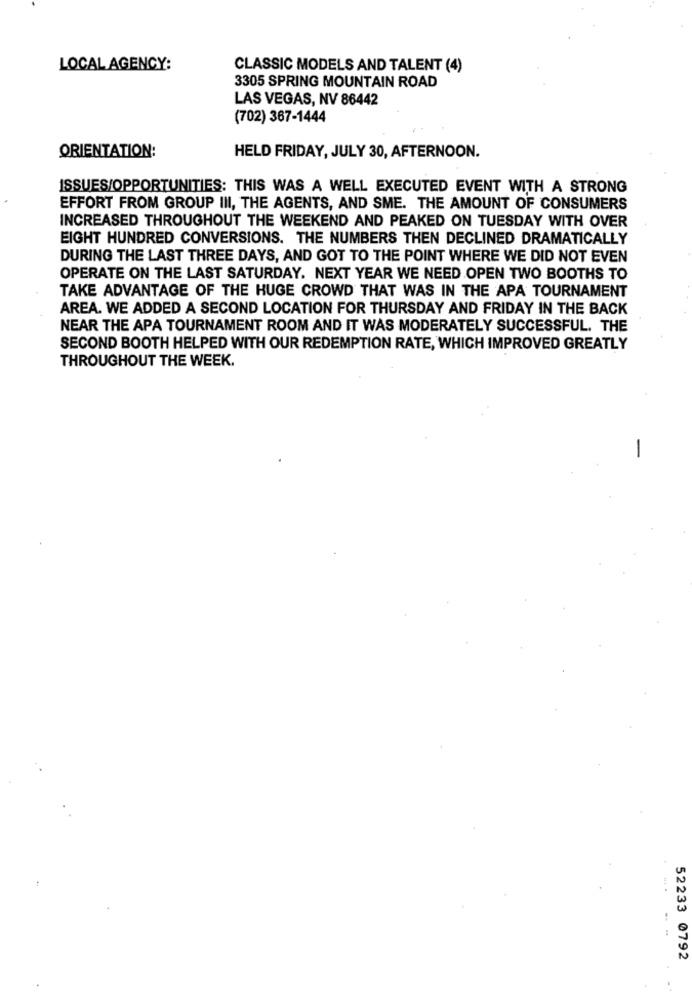
LOCAL AGENCY:
CLASSIC MODELS AND TALENT (4)
3305 SPRING MOUNTAIN ROAD
LAS VEGAS, NV 86442
(702) 367-1444
ORIENTATION:
HELD FRIDAY, JULY 30, AFTERNOON.
ISSUES/OPPORTUNITIES: THIS WAS A WELL EXECUTED EVENT WITH A STRONG
EFFORT FROM GROUP III, THE AGENTS, AND SME. THE AMOUNT OF CONSUMERS
INCREASED THROUGHOUT THE WEEKEND AND PEAKED ON TUESDAY WITH OVER
EIGHT HUNDRED CONVERSIONS. THE NUMBERS THEN DECLINED DRAMATICALLY
DURING THE LAST THREE DAYS, AND GOT TO THE POINT WHERE WE DID NOT EVEN
OPERATE ON THE LAST SATURDAY. NEXT YEAR WE NEED OPEN TWO BOOTHS TO
TAKE ADVANTAGE OF THE HUGE CROWD THAT WAS IN THE APA TOURNAMENT
AREA. WE ADDED A SECOND LOCATION FOR THURSDAY AND FRIDAY IN THE BACK
NEAR THE APA TOURNAMENT ROOM AND IT WAS MODERATELY SUCCESSFUL. THE
SECOND BOOTH HELPED WITH OUR REDEMPTION RATE, WHICH IMPROVED GREATLY
THROUGHOUT THE WEEK.
-
52233 0792